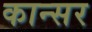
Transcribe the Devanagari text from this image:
कान्सर